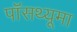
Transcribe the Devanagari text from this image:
पॉसथ्यूमा